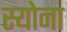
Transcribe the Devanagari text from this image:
स्योना